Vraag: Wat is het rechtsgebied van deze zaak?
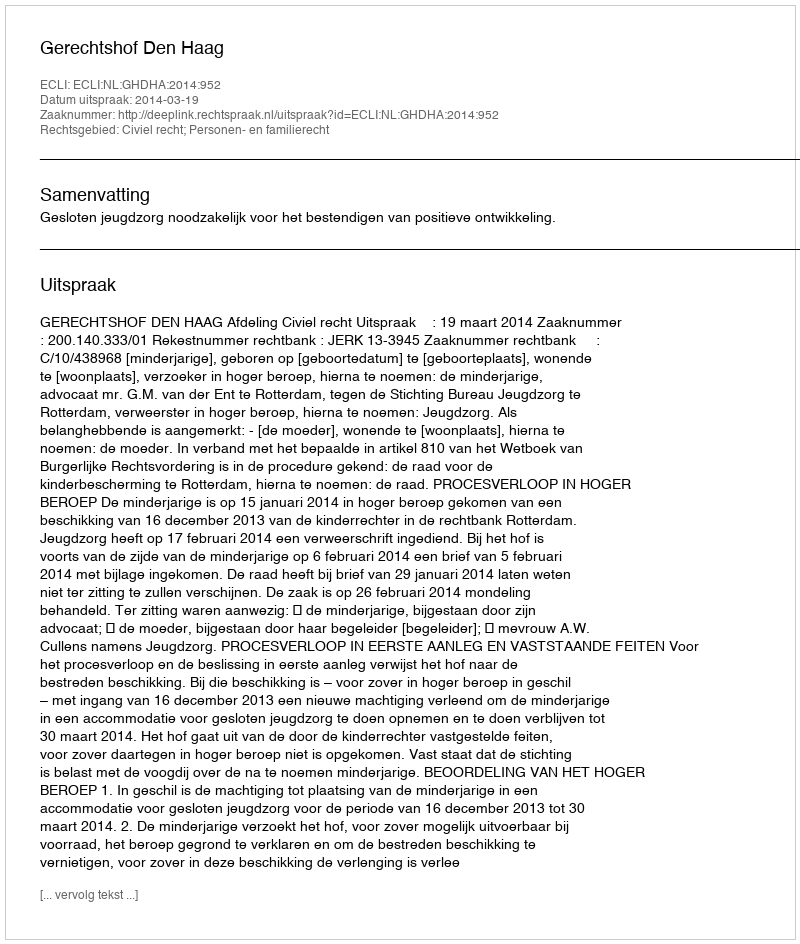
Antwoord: Civiel recht; Personen- en familierecht